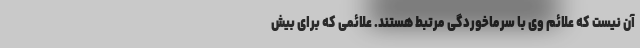
آن نیست که علائم وی با سرماخوردگی مرتبط هستند. علائمی که برای بیش